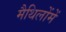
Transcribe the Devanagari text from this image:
मैथिलोंमें